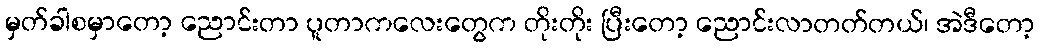
မှတ်ခါစမှာတော့ ညောင်းတာ ပူတာကလေးတွေက တိုးတိုး ပြီးတော့ ညောင်းလာတတ်တယ်၊ အဲဒီတော့